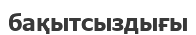
бақытсыздығы